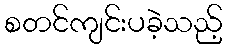
စတင်ကျင်းပခဲ့သည့်